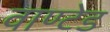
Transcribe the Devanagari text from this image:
वाण्टेड